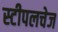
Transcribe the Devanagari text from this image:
स्टीपलचेज